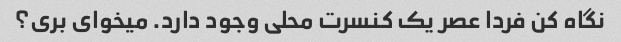
نگاه کن فردا عصر یک کنسرت محلی وجود دارد. میخوای بری؟